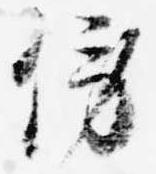
傍